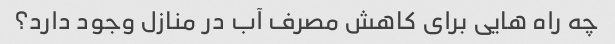
چه راه هایی برای کاهش مصرف آب در منازل وجود دارد؟